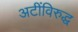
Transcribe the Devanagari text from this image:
अटींविरुद्ध